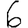
Digit: 6